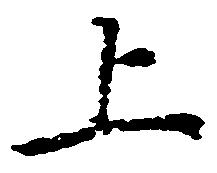
上